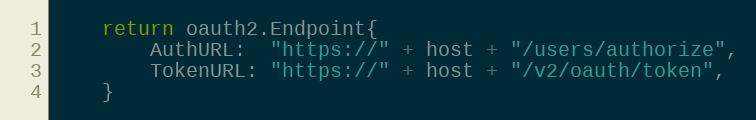
Language: Go
	return oauth2.Endpoint{
		AuthURL:  "https://" + host + "/users/authorize",
		TokenURL: "https://" + host + "/v2/oauth/token",
	}